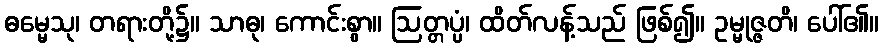
ဓမ္မေသု၊ တရားတို့၌။ သာဓု၊ ကောင်းစွာ။ ဩတ္တပ္ပံ၊ ထိတ်လန့်သည် ဖြစ်၍။ ဥမ္မုဇ္ဇတိ၊ ပေါ်၏။